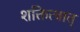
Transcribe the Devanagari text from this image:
शक्तित्वात्